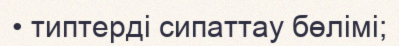
• типтерді сипаттау бөлімі;